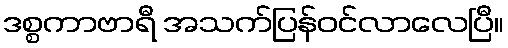
ဒစ္စကာဗာရီ အသက်ပြန်ဝင်လာလေပြီ။